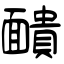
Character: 靧